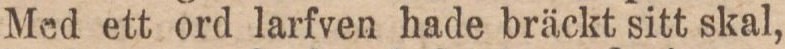
Med ett ord larfven hade bräckt sitt skal,